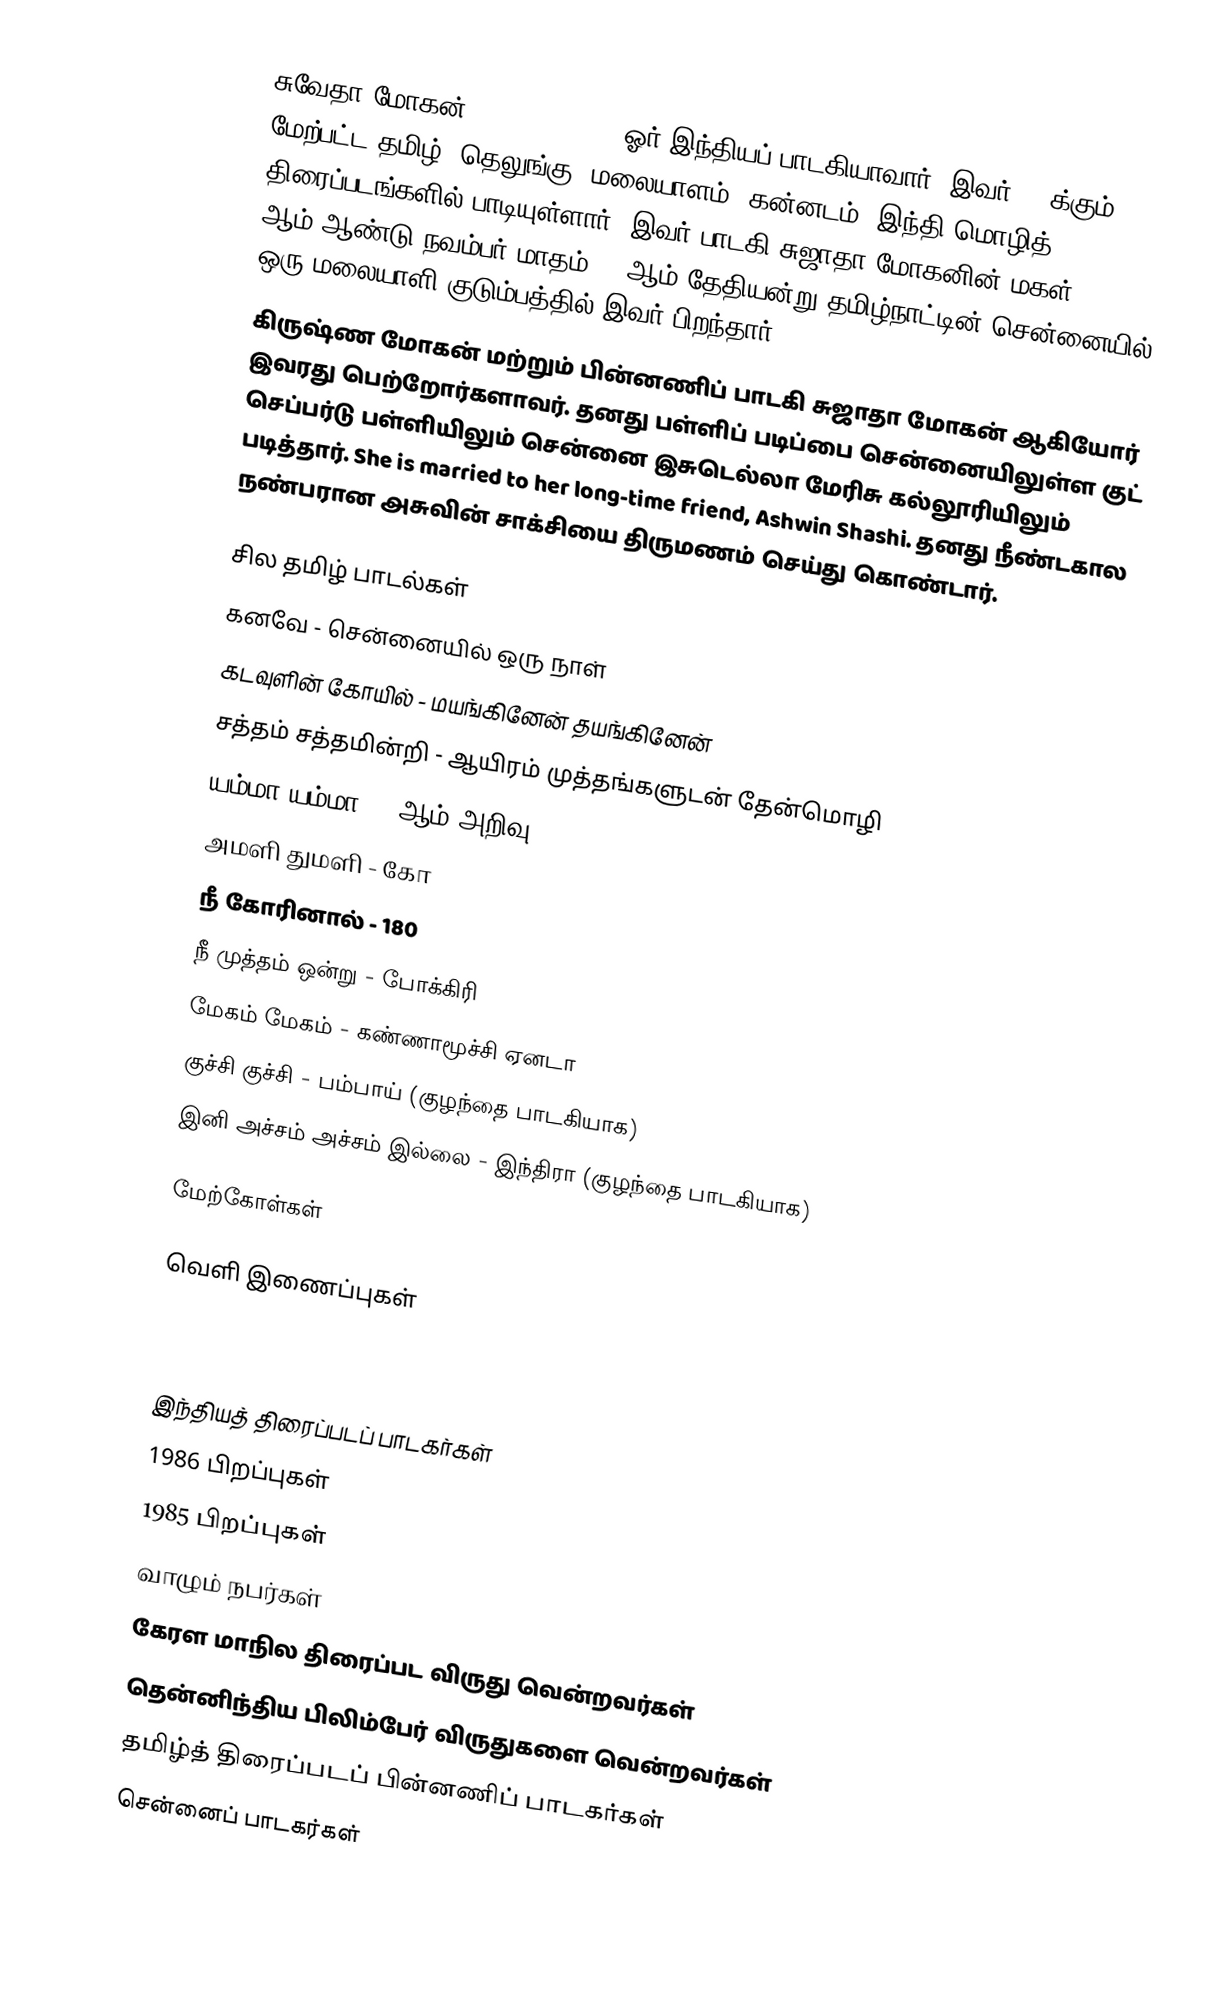
சுவேதா மோகன் (Shweta Mohan) ஓர் இந்தியப் பாடகியாவார். இவர் 50-க்கும் மேற்பட்ட தமிழ், தெலுங்கு, மலையாளம், கன்னடம், இந்தி மொழித் திரைப்படங்களில் பாடியுள்ளார். இவர் பாடகி சுஜாதா மோகனின் மகள். 1985 ஆம் ஆண்டு நவம்பர் மாதம் 19 ஆம் தேதியன்று தமிழ்நாட்டின் சென்னையில் ஒரு மலையாளி குடும்பத்தில் இவர் பிறந்தார்.
கிருஷ்ண மோகன் மற்றும் பின்னணிப் பாடகி சுஜாதா மோகன் ஆகியோர் இவரது பெற்றோர்களாவர். தனது பள்ளிப் படிப்பை சென்னையிலுள்ள குட் செப்பர்டு பள்ளியிலும் சென்னை இசுடெல்லா மேரிசு கல்லூரியிலும் படித்தார். She is married to her long-time friend, Ashwin Shashi. தனது நீண்டகால நண்பரான அசுவின் சாக்சியை திருமணம் செய்து கொண்டார்.

சில தமிழ் பாடல்கள்
 கனவே - சென்னையில் ஒரு நாள்
 கடவுளின் கோயில் - மயங்கினேன் தயங்கினேன்
 சத்தம் சத்தமின்றி - ஆயிரம் முத்தங்களுடன் தேன்மொழி
 யம்மா யம்மா - 7ஆம் அறிவு
 அமளி துமளி - கோ
 நீ கோரினால் - 180
 நீ முத்தம் ஒன்று - போக்கிரி
 மேகம் மேகம் - கண்ணாமூச்சி ஏனடா
 குச்சி குச்சி - பம்பாய் (குழந்தை பாடகியாக)
 இனி அச்சம் அச்சம் இல்லை - இந்திரா (குழந்தை பாடகியாக)

மேற்கோள்கள்

வெளி இணைப்புகள்

இந்தியத் திரைப்படப் பாடகர்கள்
1986 பிறப்புகள்
1985 பிறப்புகள்
வாழும் நபர்கள்
கேரள மாநில திரைப்பட விருது வென்றவர்கள்
தென்னிந்திய பிலிம்பேர் விருதுகளை வென்றவர்கள்
தமிழ்த் திரைப்படப் பின்னணிப் பாடகர்கள்
சென்னைப் பாடகர்கள்